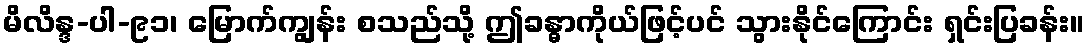
မိလိန္ဒ-ပါ-၉၁၊ မြောက်ကျွန်း စသည်သို့ ဤခန္ဓာကိုယ်ဖြင့်ပင် သွားနိုင်ကြောင်း ရှင်းပြခန်း။